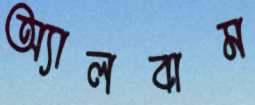
অ্যালবাম